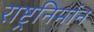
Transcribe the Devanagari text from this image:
राष्ट्रनिर्मान